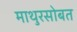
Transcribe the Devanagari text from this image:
माथुरसोबत